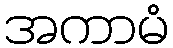
အကာမံ